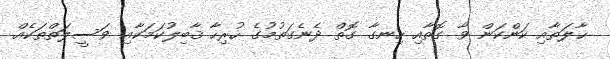
ޙާލަތާއި ކަންކަން ވާ ގޮތާއި ހިނގާ ގޮތް ދެނެގަތުމުގެ ހުރިހާ ޤާބިލުކަމަކާއި ވަސީލަތްތަކެއް